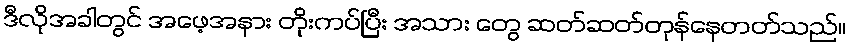
ဒီလိုအခါတွင် အဖေ့အနား တိုးကပ်ပြီး အသား တွေ ဆတ်ဆတ်တုန်နေတတ်သည်။